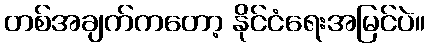
တစ်အချက်ကတော့ နိုင်ငံရေးအမြင်ပဲ။